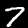
Label: 7